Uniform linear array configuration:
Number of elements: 12
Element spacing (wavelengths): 0.5
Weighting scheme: blackman
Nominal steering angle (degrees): -30
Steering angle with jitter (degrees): -29.647
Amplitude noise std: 0.05
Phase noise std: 0.05

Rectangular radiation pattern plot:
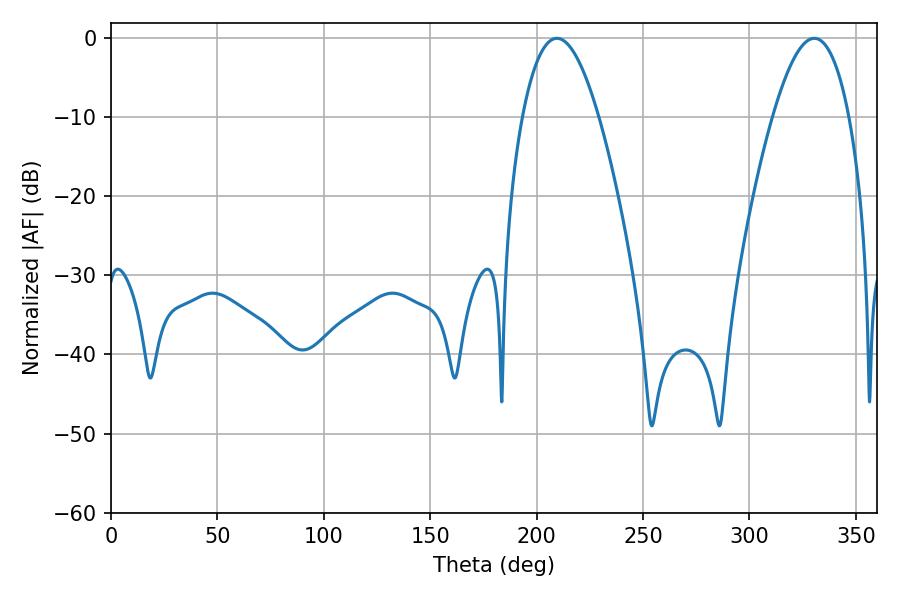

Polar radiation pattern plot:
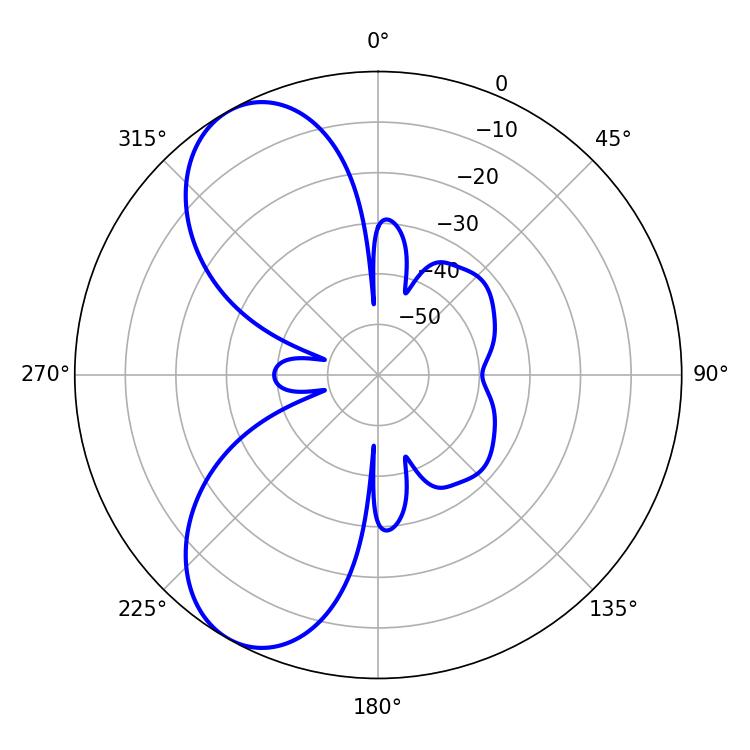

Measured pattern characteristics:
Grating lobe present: FALSE
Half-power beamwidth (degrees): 19.8
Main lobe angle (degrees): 330.48